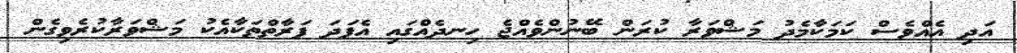
އަދި އެއްވެސް ކަމަކާމެދު މަޝްވަރާ ކުރަން ބޭނުންވެއްޖެ ހިނދެއްގައި އެފަދަ ފަރާތްތަކާއެކު މަޝްވަރާކުރެވިގެން